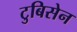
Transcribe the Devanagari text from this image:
टुबिसेन